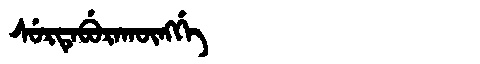
Manchu: ᠰᡠᡵᡨᡝᠪᡠᡵᠠᡴᡡᠩᡤᡝ
Romanization: SURTEBURAKŪNGGE